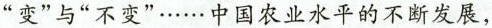
”变”与”不变”…...中国农业水平的不断发展